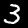
Label: 3